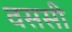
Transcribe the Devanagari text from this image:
वससी